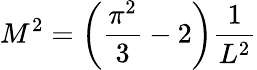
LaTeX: M^{2}=\left(\frac{\pi^{2}}{3}-2\right)\frac{1}{L^{2}}